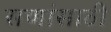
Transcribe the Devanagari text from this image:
सणांसाठी